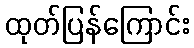
ထုတ်ပြန်ကြောင်း